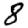
Digit: 8